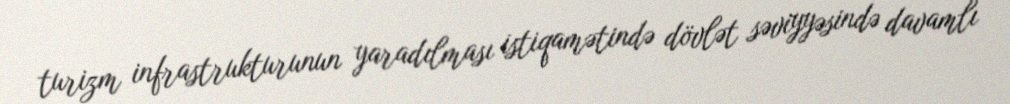
turizm infrastrukturunun yaradılması istiqamətində dövlət səviyyəsində davamlı